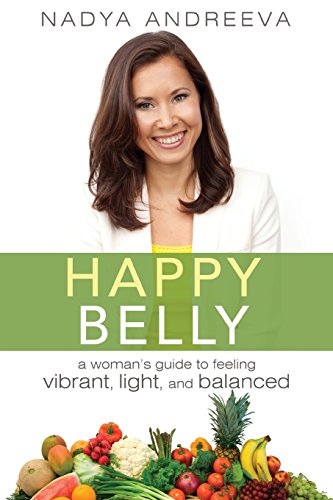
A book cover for Happy Belly: A Woman's guide to feeling vibrant, light, and balanced; Nadya Andreeva; Health, Fitness & Dieting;